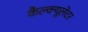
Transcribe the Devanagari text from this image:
कैल्क्यूलेटर